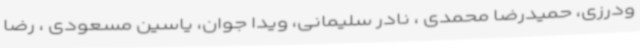
ودرزی، حمیدرضا محمدی ، نادر سلیمانی، ویدا جوان، یاسین مسعودی ، رضا